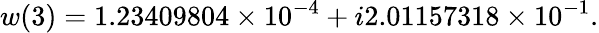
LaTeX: w(3)=1.23409804\times 10^{-4}+i2.01157318\times 10^{-1}.